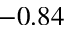
- 0 . 8 4